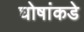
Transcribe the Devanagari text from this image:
घोषांकडे